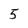
Character: 5